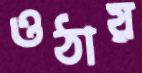
ওঠায়